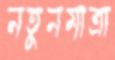
নতুনমাত্রা